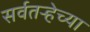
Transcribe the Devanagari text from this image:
सर्वतऱ्हेच्या